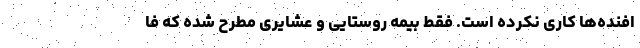
افنده‌ها کاری نکرده است. فقط بیمه روستایی و عشایری مطرح شده که فا